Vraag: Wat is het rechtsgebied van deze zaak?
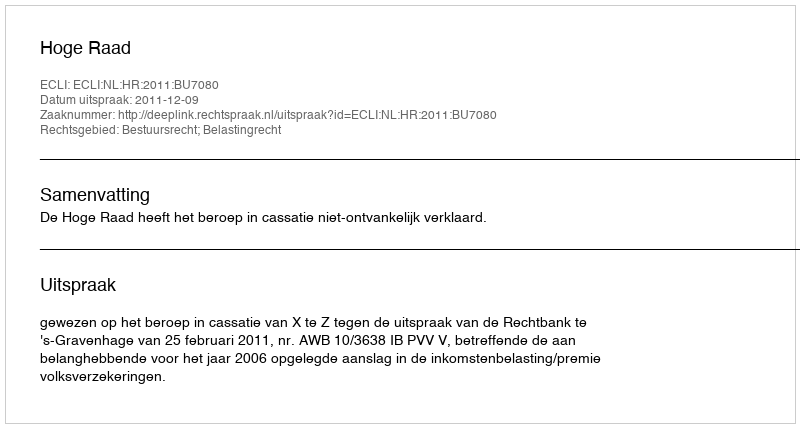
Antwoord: Bestuursrecht; Belastingrecht